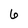
Character: 6